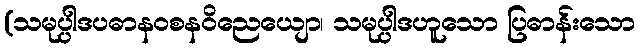
(သမုပ္ပါဒပဓာနဝစနဝိညေယျော၊ သမုပ္ပါဒဟူသော ပြဓာန်းသော